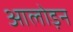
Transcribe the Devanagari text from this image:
आलोड़न